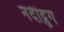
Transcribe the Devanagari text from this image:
नंदीद्रुग